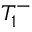
T _ { 1 } ^ { - }